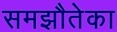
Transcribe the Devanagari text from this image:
समझौतेका